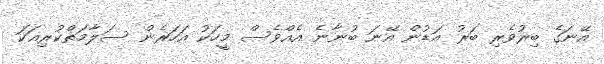
އޭނަގެ ބިރުވެރި ބަރު އަޑުން އޭނަ ބުނާނެ އެއްވެސް މީހަކު އަހަރެން ސަލާމަތްކުރިއަކަ